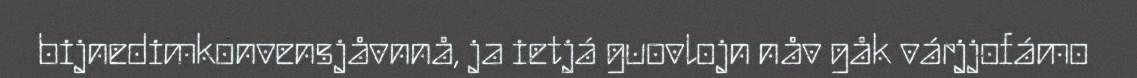
bijnedimkonvensjåvnnå, ja ietjá guovlojn nåv gåk várjjofámo